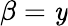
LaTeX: \beta=\mathit{y}